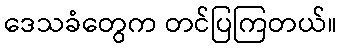
ဒေသခံတွေက တင်ပြကြတယ်။